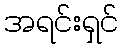
အရင်းရှင်